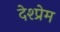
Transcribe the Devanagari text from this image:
देश्प्रेम